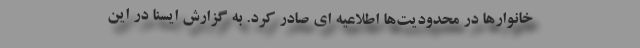
خانوارها در محدودیت‌ها اطلاعیه ای صادر کرد. به گزارش ایسنا در این